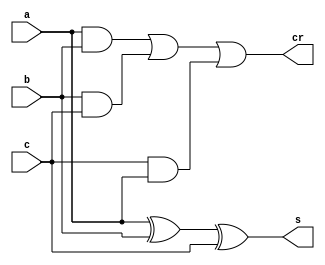
module full_adder(
    input a,
    input b,
    input c,
    output s,
    output cr
);

assign s = (a^b^c);
assign cr = (a&b|b&c|c&a);
endmodule